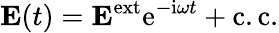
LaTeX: {\mathbf E}(t)={\mathbf E}^{\mathrm{ext}}\mathrm{e}^{-\mathrm{i}\omega t}+\mathrm{c.c.}